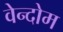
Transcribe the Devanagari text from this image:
वेन्दोम